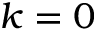
k = 0